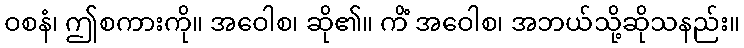
ဝစနံ၊ ဤစကားကို။ အဝေါစ၊ ဆို၏။ ကိံ အဝေါစ၊ အဘယ်သို့ဆိုသနည်း။